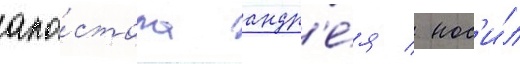
апо́стола андр'е́я / нос'и́л